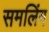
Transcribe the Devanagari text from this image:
समलिंग